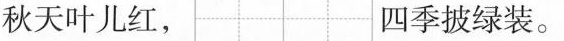
秋天叶儿红， 四季披绿装。